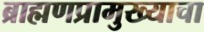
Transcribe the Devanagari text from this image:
ब्राह्मणप्रामुख्याचा